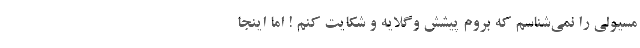
مسئولی را نمی‌شناسم که بروم پیشش و‌گلایه و شکایت کنم ! اما اینجا